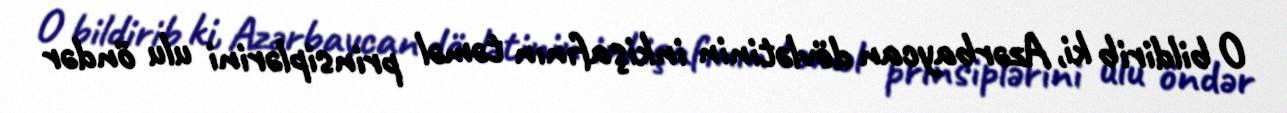
O bildirib ki, Azərbaycan dövlətinin inkişafının təməl prinsiplərini ulu öndər